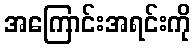
အကြောင်းအရင်းကို